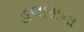
હલાસના